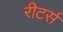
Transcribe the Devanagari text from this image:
रीटर्स